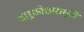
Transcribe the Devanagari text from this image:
दारुकोठारामुळे